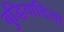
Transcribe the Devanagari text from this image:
बुद्धिवादिता